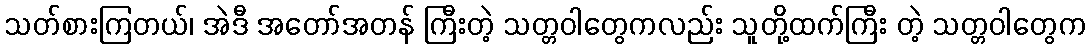
သတ်စားကြတယ်၊ အဲဒီ အတော်အတန် ကြီးတဲ့ သတ္တဝါတွေကလည်း သူတို့ထက်ကြီး တဲ့ သတ္တဝါတွေက